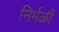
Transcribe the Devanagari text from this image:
निर्मळी